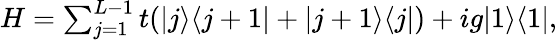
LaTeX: \begin{array}{r}{H=\sum_{j=1}^{L-1}t(|j\rangle\langle j+1|+|j+1\rangle\langle j|)+ig|1\rangle\langle 1|,}\end{array}